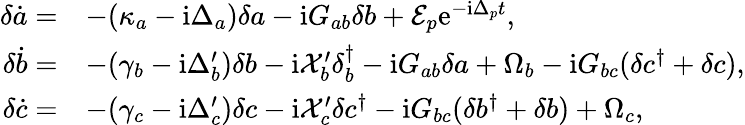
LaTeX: \begin{array}{rl}{\delta\dot{a}=}&{-(\kappa_{a}-\mathrm{i}\Delta_{a})\delta a-\mathrm{i}G_{ab}\delta b+\mathcal{E}_{p}\mathrm{e}^{-\mathrm{i}\Delta_{p}t},}\\ {\delta\dot{b}=}&{-(\gamma_{b}-\mathrm{i}\Delta_{b}^{\prime})\delta b-\mathrm{i}\mathcal{X}_{b}^{\prime}\delta_{b}^{\dagger}-\mathrm{i}G_{ab}\delta a+\Omega_{b}-\mathrm{i}G_{bc}(\delta c^{\dagger}+\delta c),}\\ {\delta\dot{c}=}&{-(\gamma_{c}-\mathrm{i}\Delta_{c}^{\prime})\delta c-\mathrm{i}\mathcal{X}_{c}^{\prime}\delta c^{\dagger}-\mathrm{i}G_{bc}(\delta b^{\dagger}+\delta b)+\Omega_{c},}\end{array}